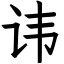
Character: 讳